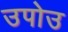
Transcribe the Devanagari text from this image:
उपोउ